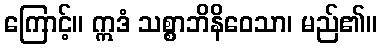
ကြောင့်။ ဣဒံ သစ္စာဘိနိဝေသာ၊ မည်၏။